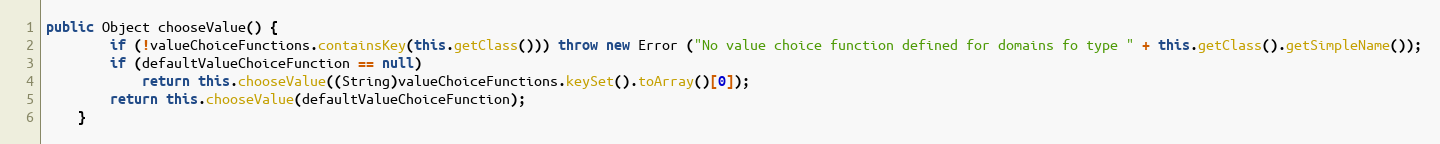
Language: Java
public Object chooseValue() {
		if (!valueChoiceFunctions.containsKey(this.getClass())) throw new Error ("No value choice function defined for domains fo type " + this.getClass().getSimpleName());
		if (defaultValueChoiceFunction == null)
			return this.chooseValue((String)valueChoiceFunctions.keySet().toArray()[0]);
		return this.chooseValue(defaultValueChoiceFunction);
	}